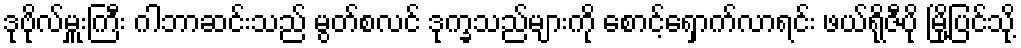
ဒုဗိုလ်မှူးကြီး ဂါဘာဆင်းသည် မွတ်စလင် ဒုက္ခသည်များကို စောင့်ရှောက်လာရင်း ဖယ်ရိုဇီပို မြို့ပြင်သို့